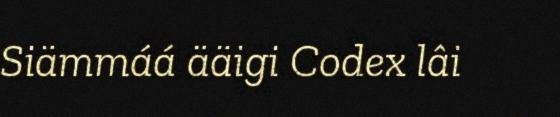
Siämmáá ääigi Codex lâi